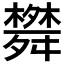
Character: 𦨀